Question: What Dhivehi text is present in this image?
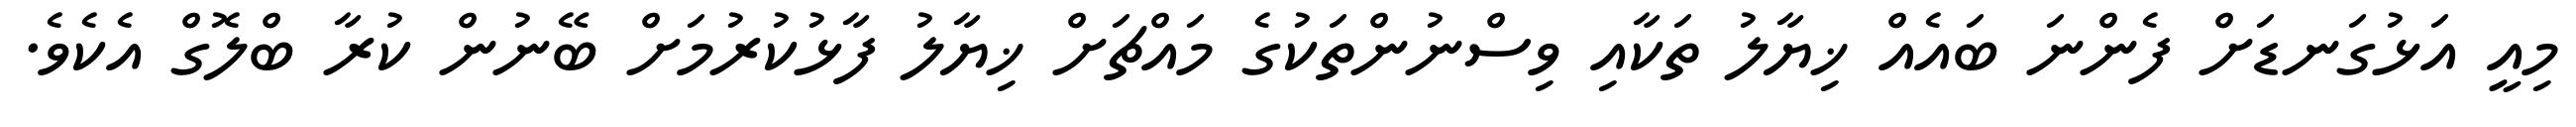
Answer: މިއީ އަޅުގަނޑަށް ފެންނަ ބައެއް ޚިޔާލު ތަކާއި ވިސްނުންތަކުގެ މައްޗަށް ޚިޔާލު ފާޅުކުރުމަށް ބޭނުން ކުރާ ބްލޮގް އެކެވެ.